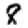
Digit: 8